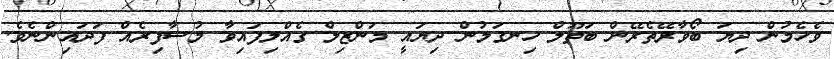
ވެހެމުން ދިޔަ ބޯވާރޭތެރޭން ބަތޫލް ހިނގަމުން ދިޔައީ މަންޒިލް ގެއްލިފައިވާ މުސާފިރެއް ފަދައިންނެވެ.